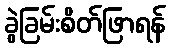
ခွဲခြမ်းစိတ်ဖြာရန်